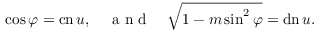
\cos \varphi = \operatorname { c n } u , \quad { \textrm { a n d } } \quad { \sqrt { 1 - m \sin ^ { 2 } \varphi } } = \operatorname { d n } u .